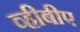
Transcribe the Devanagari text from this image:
व्हीबीए